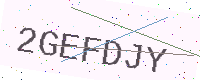
Text: 2GEFDJY